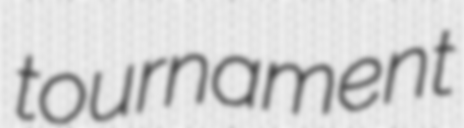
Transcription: tournament